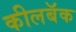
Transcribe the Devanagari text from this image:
कीलबॅक